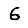
Digit: 6